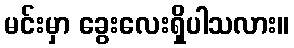
မင်းမှာ ခွေးလေးရှိပါသလား။